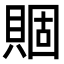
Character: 𧶮